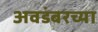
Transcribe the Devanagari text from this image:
अवडंबरच्या